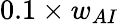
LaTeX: {0.1}\times{w_{AI}}